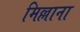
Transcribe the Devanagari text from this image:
मिल्लाना